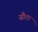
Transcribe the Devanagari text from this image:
सौटा